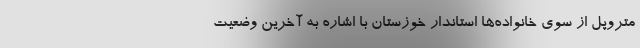
متروپل از سوی خانواده‌ها استاندار خوزستان با اشاره به آخرین وضعیت